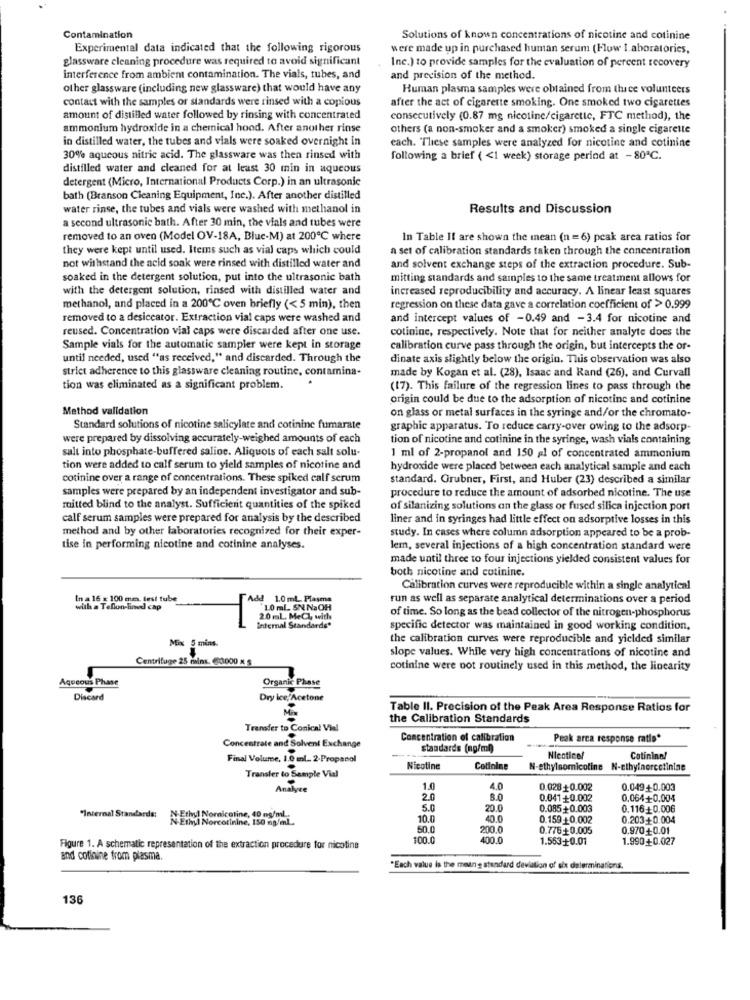
Contamination
Solutions of known concentrations of nicotine and cotinine
Experimental data indicated that the following rigorous
were made up in purchased human serum (Flow 1 aboratories,
glassware cleaning procedure was required to avoid significant
Inc.) to provide samples for the evaluation of percent recovery
interference from ambient contamination. The vials, tubes, and
and precision of the method.
other glassware (including new glassware) that would have any
Human plasma samples were obtained from three volunteers
contact with the samples or standards were rinsed with a copious
after the act of cigarette smoking. One smoked two cigarettes
amount of distilled water followed by rinsing with concentrated
consecutively (0.87 mg nicotine/cigarette, FTC method), the
ammonium hydroxide in a chemical hood. After another rinse
others (a non-smoker and a smoker) smoked a single cigarette
in distilled water, the tubes and vials were soaked overnight in
each. These samples were analyzed for nicotine and cotinine
30% aqueous nitric acid. The glassware was then rinsed with
following a brief ( <1 week) storage perind at - 80ª℃.
distilled water and cleaned for at least 30 min in aqueous
detergent (Micro, International Products Corp.) in an ultrasonic
bath (Branson Cleaning Equipment, Inc.). After another distilled
water rinse, the tubes and vials were washed with methanol in
Results and Discussion
a second ultrasonic bath. After 30 min, the vials and tubes were
removed to an oven (Model OV-18A, Bluc-M) at 200℃ where
In Table Il are shown the mean (n = 6) peak area ratios for
they were kept until used. Items such as vial caps which could
a set of calibration standards taken through the concentration
not withstand the acid soak were rinsed with distilled water and
and solvent exchange steps of the extraction procedure. Sub-
soaked in the detergent solution, put into the ultrasonic bath
mitting standards and samples to the same treatment allows for
with the detergent solution, rinsed with distilled water and
increased reproducibility and accuracy. A linear least squares
methanol, and placed in a 200℃ oven briefly (< 5 min), then
regression on these data gave a correlation coefficient of > 0.999
removed to a desiccator. Extraction vial caps were washed and
and intercept values of -0.49 and - 3.4 for nicotine and
reused. Concentration vial caps were discarded after one use.
colinine, respectively. Note that for neither analyte does the
Sample vials for the automatic sampler were kept in storage
calibration curve pass through the origin, but intercepts the or-
until needed, used "as received," and discarded. Through the
dinate axis slightly below the origin. This observation was also
strict adherence to this glassware cleaning routine, contamina-
made by Kogan et al. (28), Isaac and Rand (26), and Curvall
tion was eliminated as a significant problem.
(17). This failure of the regression lines to pass through the
origin could be due to the adsorption of nicotine and cotinine
Method validation
on glass or metal surfaces in the syringe and/or the chromato-
Standard solutions of nicotine salicylate and cotinine fumarate
graphic apparatus. To reduce carry-over owing to the adsorp-
were prepared by dissolving accurately-weighed amounts of each
tion of nicotine and cotinine in the syringe, wash vials containing
salt into phosphate-buffered salioc. Aliquots of each salt solu-
1 ml of 2-propanol and 150 al of concentrated ammonium
tion were added to calf serum to yield samples of nicotine and
hydroxide were placed between each analytical sample and each
cotinine over a range of concentrations. These spiked calf scrum
standard. Grubner, First, and Huber (23) described a similar
samples were prepared by an independent investigator and sub-
procedure to reduce the amount of adsorbed nicotine. The use
mitted blind to the analyst. Sufficient quantities of the spiked
of silanizing solutions an the glass or fused silica injection port
calf serum samples were prepared for analysis by the described
liner and in syringes had little effect on adsorptive losses in this
method and by other laboratories recognized for their exper-
study. In cases where column adsorption appeared to be a prob-
tise in performing nicotine and cotinine analyses.
lem, several injections of a high concentration standard were
made until three to four injections yielded consistent values for
both nicotine and cotinine.
Calibration curves were reproducible within a single analytical
In - 16 = 100 mm. test tube
Add 1.0 ml Plasma
run as well as separate analytical determinations over a period
with a Tellon-lined cap
10 ml SN. Na OH
of time. So long as the bead collector of the nitrogen-phosphorus
1
2.0 mL MeCh with
Internal Standards"
specific detector was maintained in good working condition,
the calibration curves were reproducible and yielded similar
Mix 5 mins.
slope values. While very high concentrations of nicotine and
Centrifuge 25 mins. @3000 x S
cotinine were not routinely used in this method, the linearity
Aqueous Phase
Organic Phase
Discard
Dry ice, Acetone
Table II. Precision of the Peak Area Response Ratios for
the Calibration Standards
Transfer to Conical Vial
Concentrate and Solvent Exchange
Concentration of calibration
Peak arca response ratie*
standards (ng/ml)
Final Volume, 1.0 ml. 2-Propanol
Nicotinef
Catinine!
Nicotine
Cotinine
N-ethylsomnicotine N-ethylnorcotinine
Transfer to Sample Vial
Analyee
1.0
40
0.028+0.002
0.049+0.003
20
6.0
0.041+0.002
0,064+0.004
5.0
20.0
0.085+0.003
0.116+0.006
"Internal Standards;
thyl Nornicotine, 10 os/ml ..
10.0
40.0
0.159 +0.002
0.203+0.004
50.0
200.0
0.776+0.005
0.970+0.01
100.0
400.0
1.563+0.01
1.990++0.027
Figure 1. A schematic representation of the extraction procedure for nicotine
and cotinine from plasma.
"Each value is the meung standard deviation of six delerminations.
136